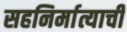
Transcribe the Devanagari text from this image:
सहनिर्मात्याची